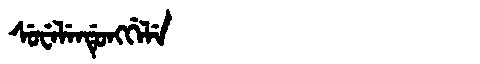
Manchu: ᠰᡠᠸᡝᠯᡝᠨᡩᡠᠩᡤᡝᠯᡝ
Romanization: SUWELENDUNGGELE